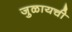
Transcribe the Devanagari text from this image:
जुळायची